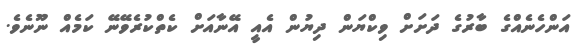
އަންހެނެއްގެ ބާރުގެ ދަށަށް ވިކްޔަން ދިޔުން އެއީ އޭނާއަށް ކެތްކުރެވޭނޭ ކަމެއް ނޫނެވެ.